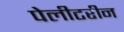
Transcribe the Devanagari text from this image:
पेलीटरीन